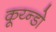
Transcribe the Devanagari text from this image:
कूय्न्डो